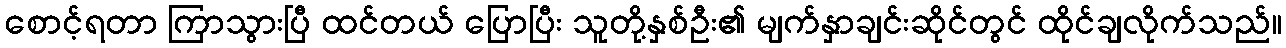
စောင့်ရတာ ကြာသွားပြီ ထင်တယ် ပြောပြီး သူတို့နှစ်ဦး၏ မျက်နှာချင်းဆိုင်တွင် ထိုင်ချလိုက်သည်။